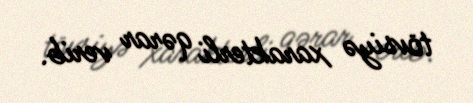
tövsiyə xarakterli qərar verib.